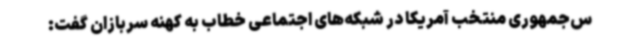
س‌جمهوری منتخب آمریکا در شبکه‌های اجتماعی خطاب به کهنه سربازان گفت: